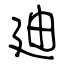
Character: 廸